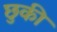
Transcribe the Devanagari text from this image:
छुकी